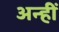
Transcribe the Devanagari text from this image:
अन्हीं